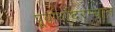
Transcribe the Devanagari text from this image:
पूर्वार्धादरम्यान